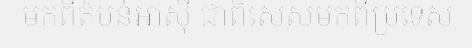
មកពីតំបន់អាស៊ី ជាពិសេសមកពីប្រទេស